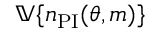
\mathbb { V } \{ n _ { \mathrm { P I } } ( \theta , m ) \}